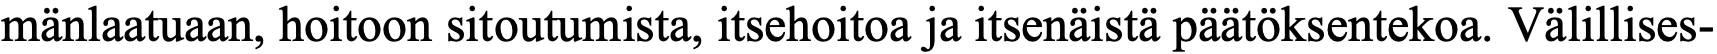
mänlaatuaan, hoitoon sitoutumista, itsehoitoa ja itsenäistä päätöksentekoa. Välillises-